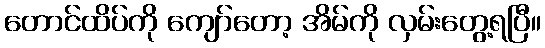
တောင်ထိပ်ကို ကျော်တော့ အိမ်ကို လှမ်းတွေ့ရပြီ။